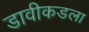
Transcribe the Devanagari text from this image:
डावीकडला